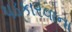
પડકારવાના